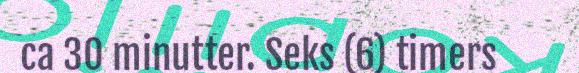
ca 30 minutter. Seks (6) timers